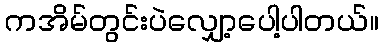
ကအိမ်တွင်းပဲလျှော့ပေါ့ပါတယ်။